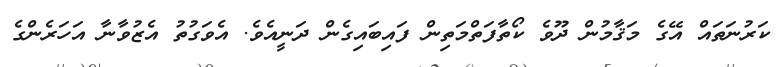
ކަރުނަތައް އޭގެ މަޤާމުން ދޫވެ ކޯތާފަތްމަތިން ފައިބައިގެން ދަނީއެވެ. އެވަގުތު އެޒުވާނާ އަހަރެންގެ